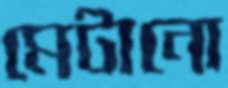
মেটানো